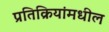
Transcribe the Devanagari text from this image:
प्रतिक्रियांमधील